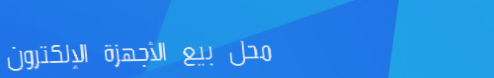
محل بيع الأجهزة الإلكترون